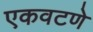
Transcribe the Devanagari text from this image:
एकवटणे